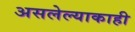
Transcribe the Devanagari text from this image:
असलेल्याकाही